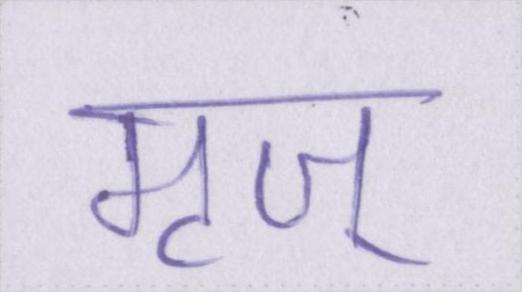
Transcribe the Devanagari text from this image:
मृज्